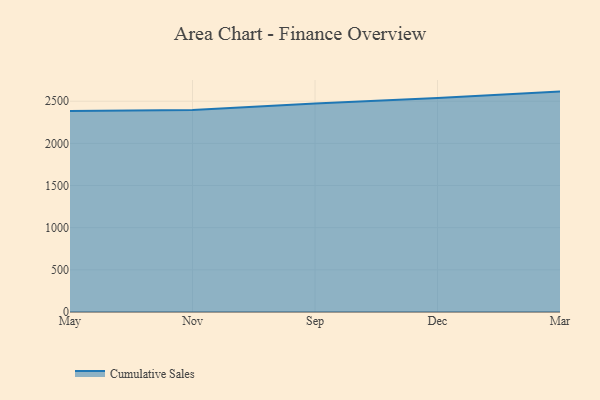
{"axis": {"x": "Month", "y": "Backlog"}, "legend": ["Cumulative Sales"], "data": [{"x": "May", "y": 2383.3, "type": "Cumulative Sales"}, {"x": "Nov", "y": 2396.6, "type": "Cumulative Sales"}, {"x": "Sep", "y": 2471.6, "type": "Cumulative Sales"}, {"x": "Dec", "y": 2538.1, "type": "Cumulative Sales"}, {"x": "Mar", "y": 2614.1, "type": "Cumulative Sales"}]}